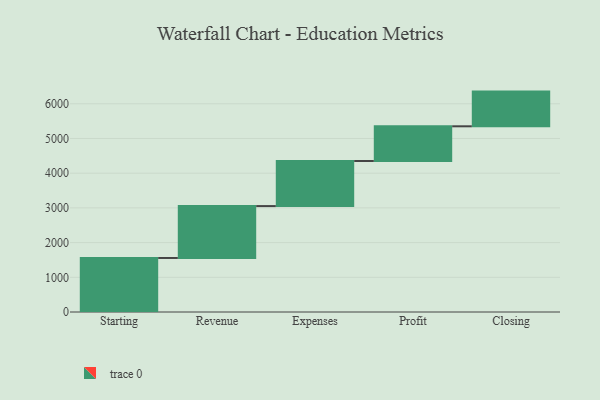
{"axis": {"x": "Step", "y": "Value"}, "legend": [""], "data": [{"x": "Starting", "y": 1557.0, "type": ""}, {"x": "Revenue", "y": 1495.0, "type": ""}, {"x": "Expenses", "y": 1299.0, "type": ""}, {"x": "Profit", "y": 1000, "type": ""}, {"x": "Closing", "y": 1000, "type": ""}]}